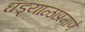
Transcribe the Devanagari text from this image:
घड्याळाप्रमाणे